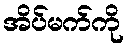
အိပ်မက်ကို